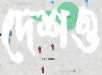
দেশও